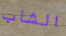
الشاب